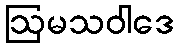
ဩမသဝါဒေ